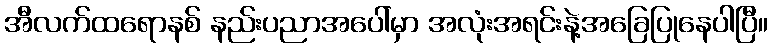
အီလက်ထရောနစ် နည်းပညာအပေါ်မှာ အလုံးအရင်းနဲ့အခြေပြုနေပါပြီ။